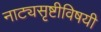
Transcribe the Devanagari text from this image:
नाट्यसृष्टीविषयी